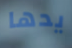
يدها